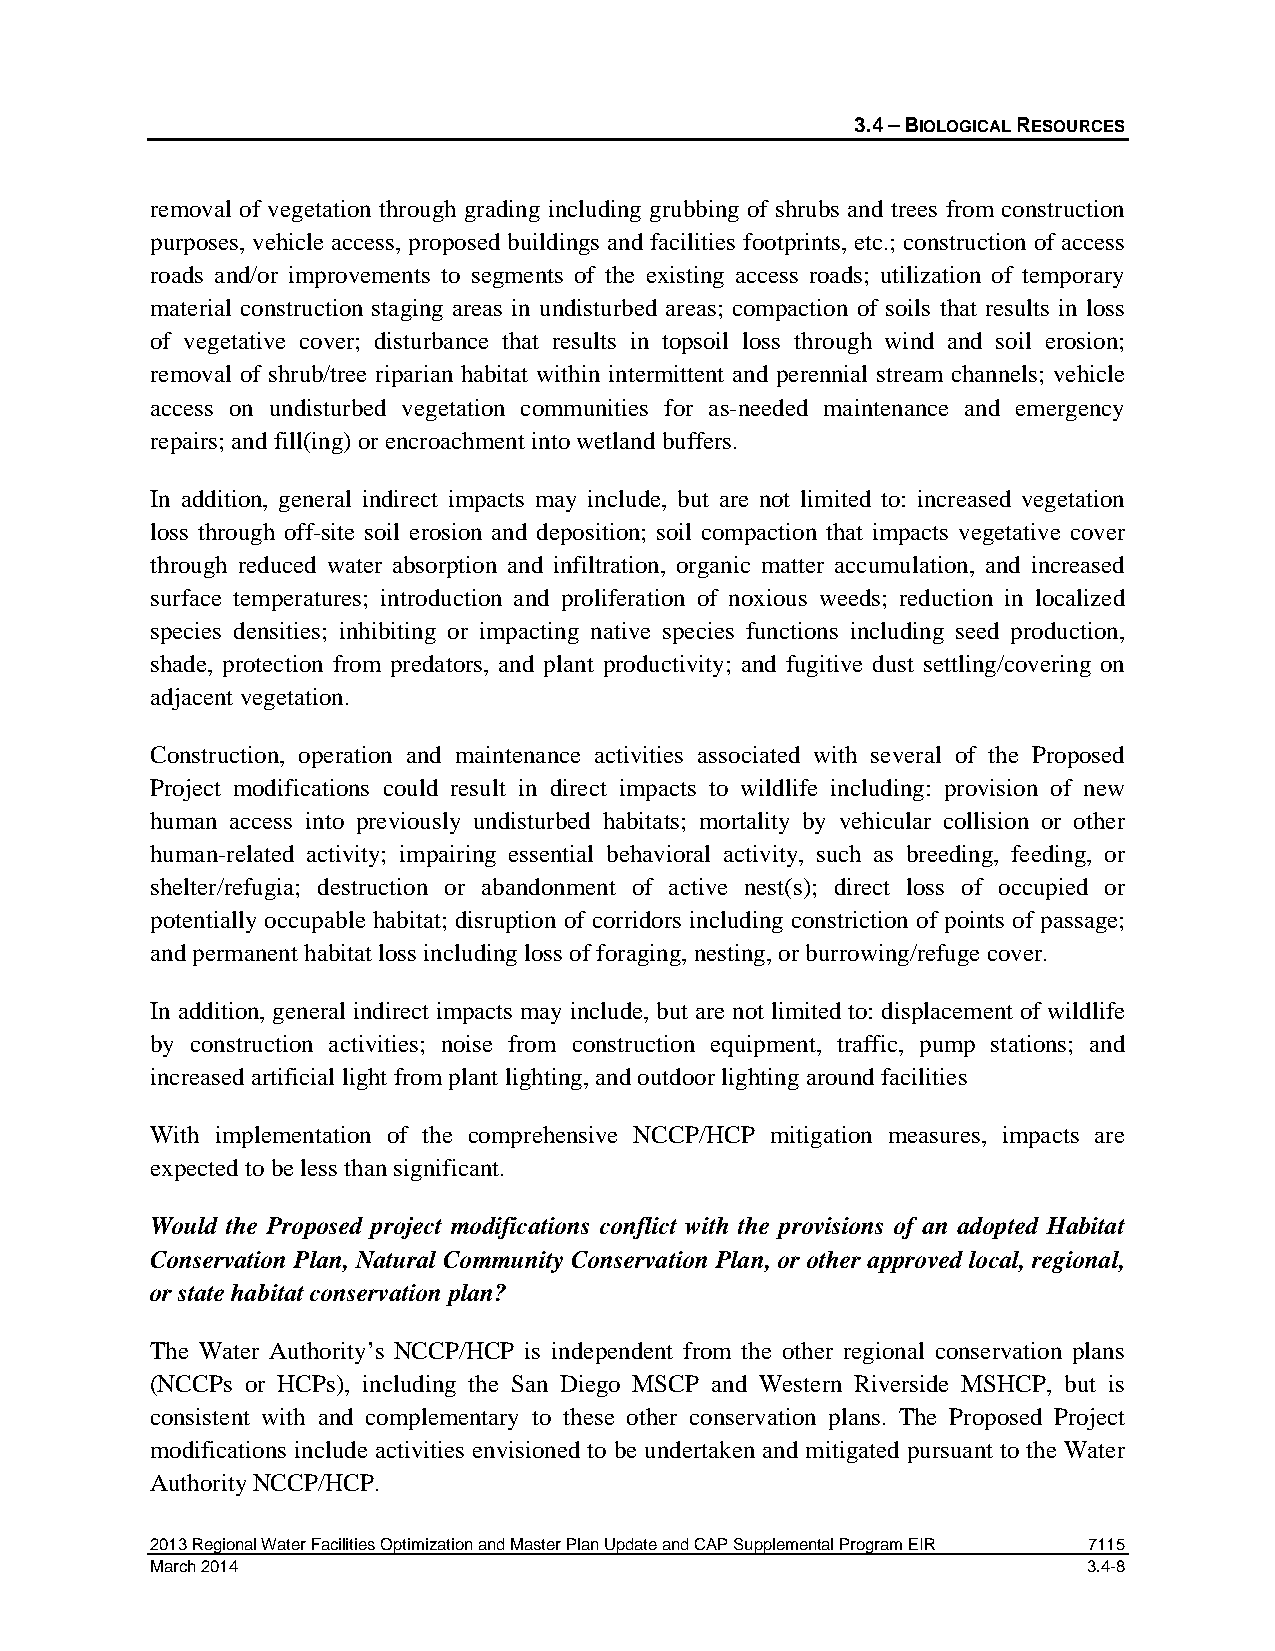
3.4 – BIOLOGICAL RESOURCES
 removal of vegetation through grading including grubbing of shrubs and trees from construction
 purposes, vehicle access, proposed buildings and facilities footprints, etc.; construction of access
 roads and/or improvements to segments of the existing access roads; utilization of temporary
 material construction staging areas in undisturbed areas; compaction of soils that results in loss
 of vegetative cover; disturbance that results in topsoil loss through wind and soil erosion;
 removal of shrub/tree riparian habitat within intermittent and perennial stream channels; vehicle
 access on undisturbed vegetation communities for as-needed maintenance and emergency
 repairs; and fill(ing) or encroachment into wetland buffers.
 In addition, general indirect impacts may include, but are not limited to: increased vegetation
 loss through off-site soil erosion and deposition; soil compaction that impacts vegetative cover
 through reduced water absorption and infiltration, organic matter accumulation, and increased
 surface temperatures; introduction and proliferation of noxious weeds; reduction in localized
 species densities; inhibiting or impacting native species functions including seed production,
 shade, protection from predators, and plant productivity; and fugitive dust settling/covering on
 adjacent vegetation.
 Construction, operation and maintenance activities associated with several of the Proposed
 Project modifications could result in direct impacts to wildlife including: provision of new
 human access into previously undisturbed habitats; mortality by vehicular collision or other
 human-related activity; impairing essential behavioral activity, such as breeding, feeding, or
 shelter/refugia; destruction or abandonment of active nest(s); direct loss of occupied or
 potentially occupable habitat; disruption of corridors including constriction of points of passage;
 and permanent habitat loss including loss of foraging, nesting, or burrowing/refuge cover.
 In addition, general indirect impacts may include, but are not limited to: displacement of wildlife
 by construction activities; noise from construction equipment, traffic, pump stations; and
 increased artificial light from plant lighting, and outdoor lighting around facilities
 With implementation of the comprehensive NCCP/HCP mitigation measures, impacts are
 expected to be less than significant.
 Would the Proposed project modifications conflict with the provisions of an adopted Habitat
 Conservation Plan, Natural Community Conservation Plan, or other approved local, regional,
 or state habitat conservation plan?
 The Water Authority’s NCCP/HCP is independent from the other regional conservation plans
 (NCCPs or HCPs), including the San Diego MSCP and Western Riverside MSHCP, but is
 consistent with and complementary to these other conservation plans. The Proposed Project
 modifications include activities envisioned to be undertaken and mitigated pursuant to the Water
 Authority NCCP/HCP.
 2013 Regional Water Facilities Optimization and Master Plan Update and CAP Supplemental Program EIR 7115
 March 2014                                                    3.4-8